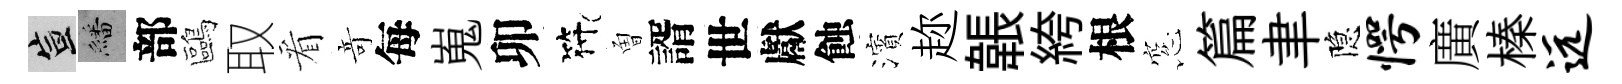
宣繙部鷗取看竒每嵬卯符曽諝世獻蝕濱趂韔絝根窓篇聿隐愕廣榛远